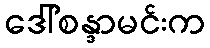
ဒေါ်စန္ဒာမင်းက